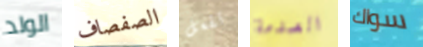
الولد الصفصاف تفعل الصدمة سواك